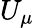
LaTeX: U_{\mu}